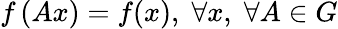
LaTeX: f\left(Ax\right)=f(x),\; \forall x,\; \forall A\in G